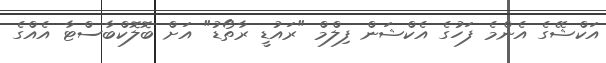
އަކްޝޭގެ އެންމެ ފަހުގެ އެކްޝަން ފިލްމް "ރައުޑީ ރާތޯޑު" އަށް ބޮލޮކްބާސްޓާ އެއްގެ